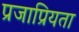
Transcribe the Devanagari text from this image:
प्रजाप्रियता